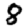
Digit: 8